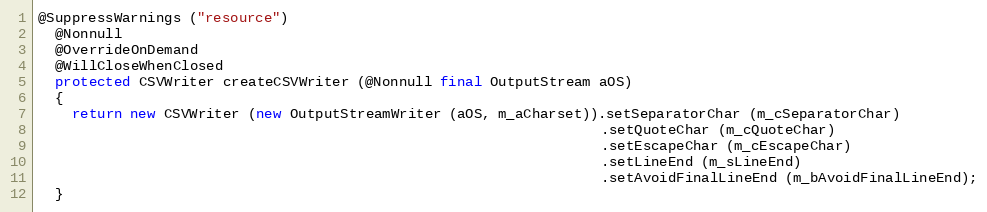
Language: Java
@SuppressWarnings ("resource")
  @Nonnull
  @OverrideOnDemand
  @WillCloseWhenClosed
  protected CSVWriter createCSVWriter (@Nonnull final OutputStream aOS)
  {
    return new CSVWriter (new OutputStreamWriter (aOS, m_aCharset)).setSeparatorChar (m_cSeparatorChar)
                                                                   .setQuoteChar (m_cQuoteChar)
                                                                   .setEscapeChar (m_cEscapeChar)
                                                                   .setLineEnd (m_sLineEnd)
                                                                   .setAvoidFinalLineEnd (m_bAvoidFinalLineEnd);
  }